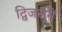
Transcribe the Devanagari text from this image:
द्विजसंगें